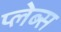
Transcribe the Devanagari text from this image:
प्लेब्स